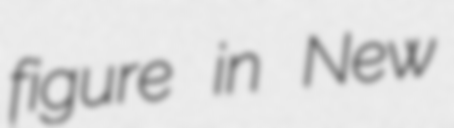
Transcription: figure in New